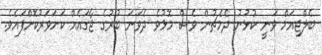
ބެލްޖިއަމް ވަނީ ކުޅުނު ދެމެޗުން ވެސް މޮޅުވެ ދެވަނަ ބުރުގެ ޖާގައެއް ކަށަވަރުކޮށްފައެވެ.